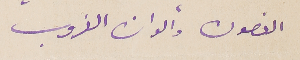
الغصون وألوان الغروب